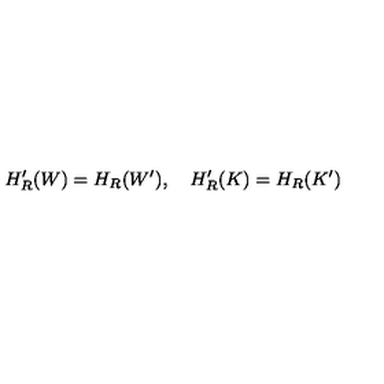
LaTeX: H _ { R } ^ { \prime } ( W ) = H _ { R } ( W ^ { \prime } ) , \quad H _ { R } ^ { \prime } ( K ) = H _ { R } ( K ^ { \prime } )